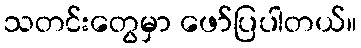
သတင်းတွေမှာ ဖော်ပြပါတယ်။